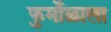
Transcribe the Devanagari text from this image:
फुर्मोळाला